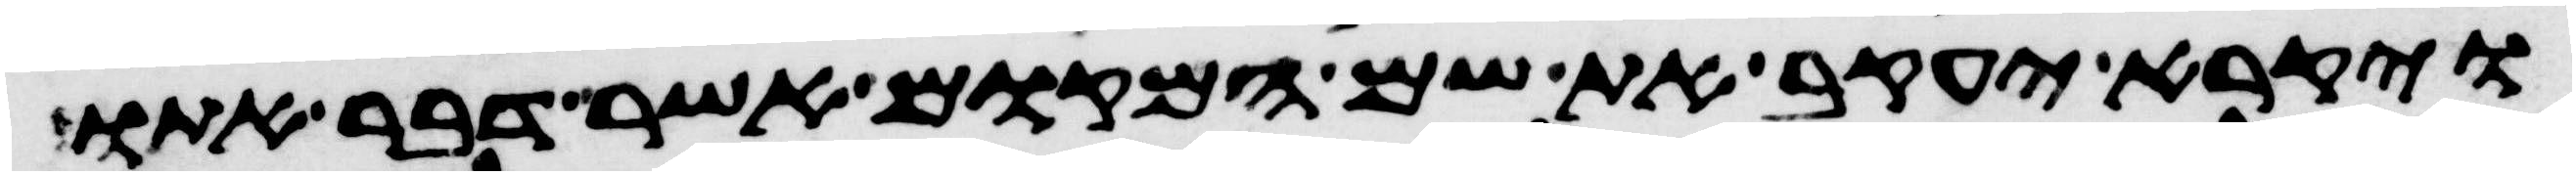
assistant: ויקרא יעקב את שם המקום אשר דבר אתו